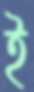
ই